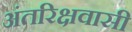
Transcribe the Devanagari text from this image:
अंतरिक्षवासी